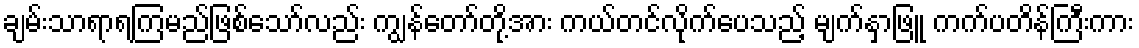
ချမ်းသာရာရကြမည်ဖြစ်သော်လည်း ကျွန်တော်တို့အား ကယ်တင်လိုက်ပေသည့် မျက်နှာဖြူ ကက်ပတိန်ကြီးကား